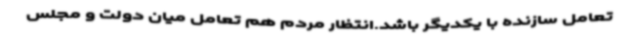
تعامل سازنده با یکدیگر باشد.انتظار مردم هم تعامل میان دولت و مجلس